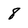
Character: 8